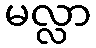
မလ္လာ